Civil Veterinary Dept. Assam report 1911-1927 - 1911-1927
Year: 1911
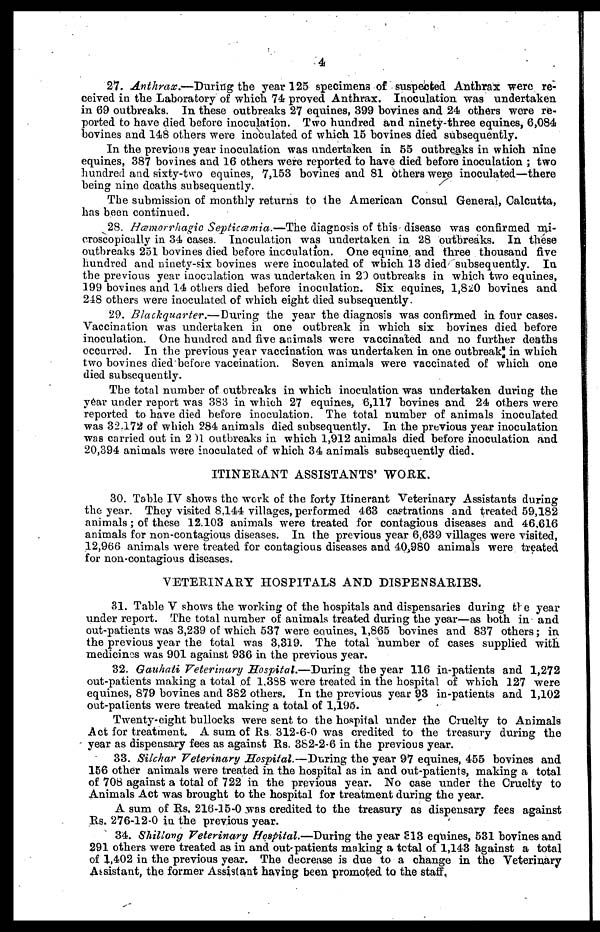
4
27. Anthrax.—During the year 125 specimens of suspected Anthrax were re-
ceived in the Laboratory of which 74 proved Anthrax. Inoculation was undertaken
in 69 outbreaks. In these outbreaks 27 equines, 399 bovines and 24 others were re-
ported to have died before inoculation. Two hundred and ninety-three equines, 6,084
bovines and 148 others were inoculated of which 15 bovines died subsequently.
In the previous year inoculation was undertaken in 55 outbreaks in which nine
equines, 387 bovines and 16 others were reported to have died before inoculation ; two
hundred and sixty-two equines, 7,153 bovines and 81 others were inoculated—there
being nine deaths subsequently.
The submission of monthly returns to the American Consul General, Calcutta,
has been continued.
28. Hæmorrhagic Septiæmia.—The diagnosis of this disease was confirmed mi-
croscopically in 34 cases. Inoculation was undertaken in 28 outbreaks. In these
outbreaks 251 bovines died before inoculation. One equine and three thousand five
hundred and ninety-six bovines were inoculated of which 13 died subsequently. In
the previous year inoculation was undertaken in 20 outbreaks in which two equines,
199 bovines and 14 others died before inoculation. Six equines, 1,820 bovines and
248 others were inoculated of which eight died subsequently.
29. Blackquarter.—During
the year the diagnosis was confirmed in four cases.
Vaccination was undertaken in one outbreak in which six bovines died before
inoculation. One hundred and five animals were vaccinated and no further deaths
occurred. In the previous year vaccination was undertaken in one outbreak in which
two bovines died before vaccination. Seven animals were vaccinated of which one
died subsequently.
The total number of outbreaks in which inoculation was undertaken during the
year under report was 383 in which 27 equines, 6,117 bovines and 24 others were
reported to have died before inoculation. The total number of animals inoculated
was 32,172 of which 284 animals died subsequently. In the previous year inoculation
was carried out in 2 )1 outbreaks in which 1,912 animals died before inoculation and
20,894 animals were inoculated of which 34 animals subsequently died.
ITINERANT ASSISTANTS' WORK.
30. Table IV shows the work of the forty Itinerant Veterinary Assistants during
the year. They visited 8,144 villages, performed 463 captrations and treated 59,182
animals; of these 12.103 animals were treated for contagious diseases and 46,616
animals for non-contagious diseases. In the previous year 6,639 villages were visited,
12,966 animals were treated for contagious diseases and 40,980 animals were treated
for non-contagious diseases.
VETERINARY HOSPITALS AND DISPENSARIES,
31. Table V shows the working of the hospitals and dispensaries during the year
under report. The total number of animals treated during the year—as both in and
out-patients was 3,239 of which 537 were equines, 1,865 bovines and 837 others; in
the previous year the total was 3,319. The total number of cases supplied with
medicines was 901 against 936 in the previous year.
32. Gauhati Veterinary Hospital.—During the year 116 in-patients and 1,272
out-patients making a total of 1,388 were treated in the hospital of which 127 were
equines, 879 bovines and 382 others. In the previous year 93 in-patients and 1,102
out-patients were treated making a total of 1,196.
Twenty-eight bullocks were sent to the hospital under the Cruelty to Animals
Act for treatment. A sum of Rs. 312-6-0 was credited to the treasury during the
year as dispensary fees as against Rs. 382-2-6 in the previous year.
33. Silchar Veterinary Hospital.—During the year 97 equines, 455 bovines and
156 other animals were treated in the hospital as in and out-patients, making a total
of 708 against a total of 722 in the previous year. No case under the Cruelty to
Animals Act was brought to the hospital for treatment during the year.
A sum of Rs, 216-15-0 was credited to the treasury as dispensary fees against
Rs. 276-12-0 in the previous year.
34. Shillong Veterinary Hospital.—During the year 313 equines, 531 bovines and
291 others were treated as in and out patients making a total of 1,143 against a total
of 1,402 in the previous year. The decrease is due to a change in the Veterinary
Assistant, the former Assistant having been promoted to the staff.